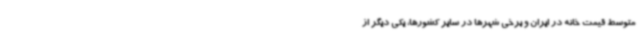
متوسط قیمت خانه در ایران و برخی شهرها در سایر کشورها، یکی دیگر از